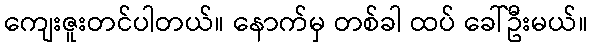
ကျေးဇူးတင်ပါတယ်။ နောက်မှ တစ်ခါ ထပ် ခေါ်ဦးမယ်။